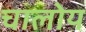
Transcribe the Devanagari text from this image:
चालोय